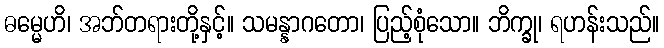
ဓမ္မေဟိ၊ အဘ်တရားတို့နှင့်။ သမန္နာဂတော၊ ပြည့်စုံသော။ ဘိက္ခု၊ ရဟန်းသည်။